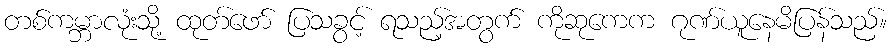
တစ်ကမ္ဘာလုံးသို့ ထုတ်ဖော် ပြသခွင့် ရသည့်အတွက် ကိုဆုကေက ဂုဏ်ယူနေမိပြန်သည်။